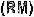
(RM)